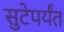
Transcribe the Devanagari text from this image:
सुटेपर्यंत